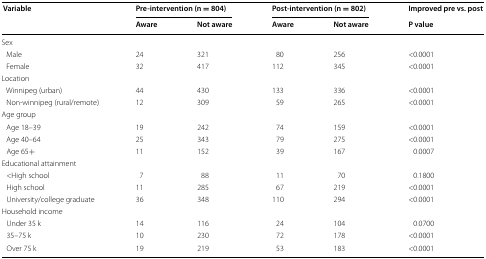
<table><thead><tr><td rowspan="2"><b> Variable</b></td><td colspan="2"><b>Pre-intervention (n = 804)</b></td><td colspan="2"><b>Post-intervention (n = 802)</b></td><td><b>Improved pre vs. post</b></td></tr><tr><td><b>Aware</b></td><td><b>Not aware</b></td><td><b>Aware</b></td><td><b>Not aware</b></td><td><b>P value</b></td></tr></thead><tbody><tr><td colspan="6">Sex</td></tr><tr><td> Male</td><td>24</td><td>321</td><td>80</td><td>256</td><td>&lt;0.0001</td></tr><tr><td> Female</td><td>32</td><td>417</td><td>112</td><td>345</td><td>&lt;0.0001</td></tr><tr><td colspan="6">Location</td></tr><tr><td> Winnipeg (urban)</td><td>44</td><td>430</td><td>133</td><td>336</td><td>&lt;0.0001</td></tr><tr><td> Non-winnipeg (rural/remote)</td><td>12</td><td>309</td><td>59</td><td>265</td><td>&lt;0.0001</td></tr><tr><td colspan="6">Age group</td></tr><tr><td> Age 18–39</td><td>19</td><td>242</td><td>74</td><td>159</td><td>&lt;0.0001</td></tr><tr><td> Age 40–64</td><td>25</td><td>343</td><td>79</td><td>275</td><td>&lt;0.0001</td></tr><tr><td> Age 65+</td><td>11</td><td>152</td><td>39</td><td>167</td><td>0.0007</td></tr><tr><td colspan="6">Educational attainment</td></tr><tr><td> &lt;High school</td><td>7</td><td>88</td><td>11</td><td>70</td><td>0.1800</td></tr><tr><td> High school</td><td>11</td><td>285</td><td>67</td><td>219</td><td>&lt;0.0001</td></tr><tr><td> University/college graduate</td><td>36</td><td>348</td><td>110</td><td>294</td><td>&lt;0.0001</td></tr><tr><td colspan="6">Household income</td></tr><tr><td> Under 35 k</td><td>14</td><td>116</td><td>24</td><td>104</td><td>0.0700</td></tr><tr><td> 35–75 k</td><td>10</td><td>230</td><td>72</td><td>178</td><td>&lt;0.0001</td></tr><tr><td> Over 75 k</td><td>19</td><td>219</td><td>53</td><td>183</td><td>&lt;0.0001</td></tr></tbody></table>